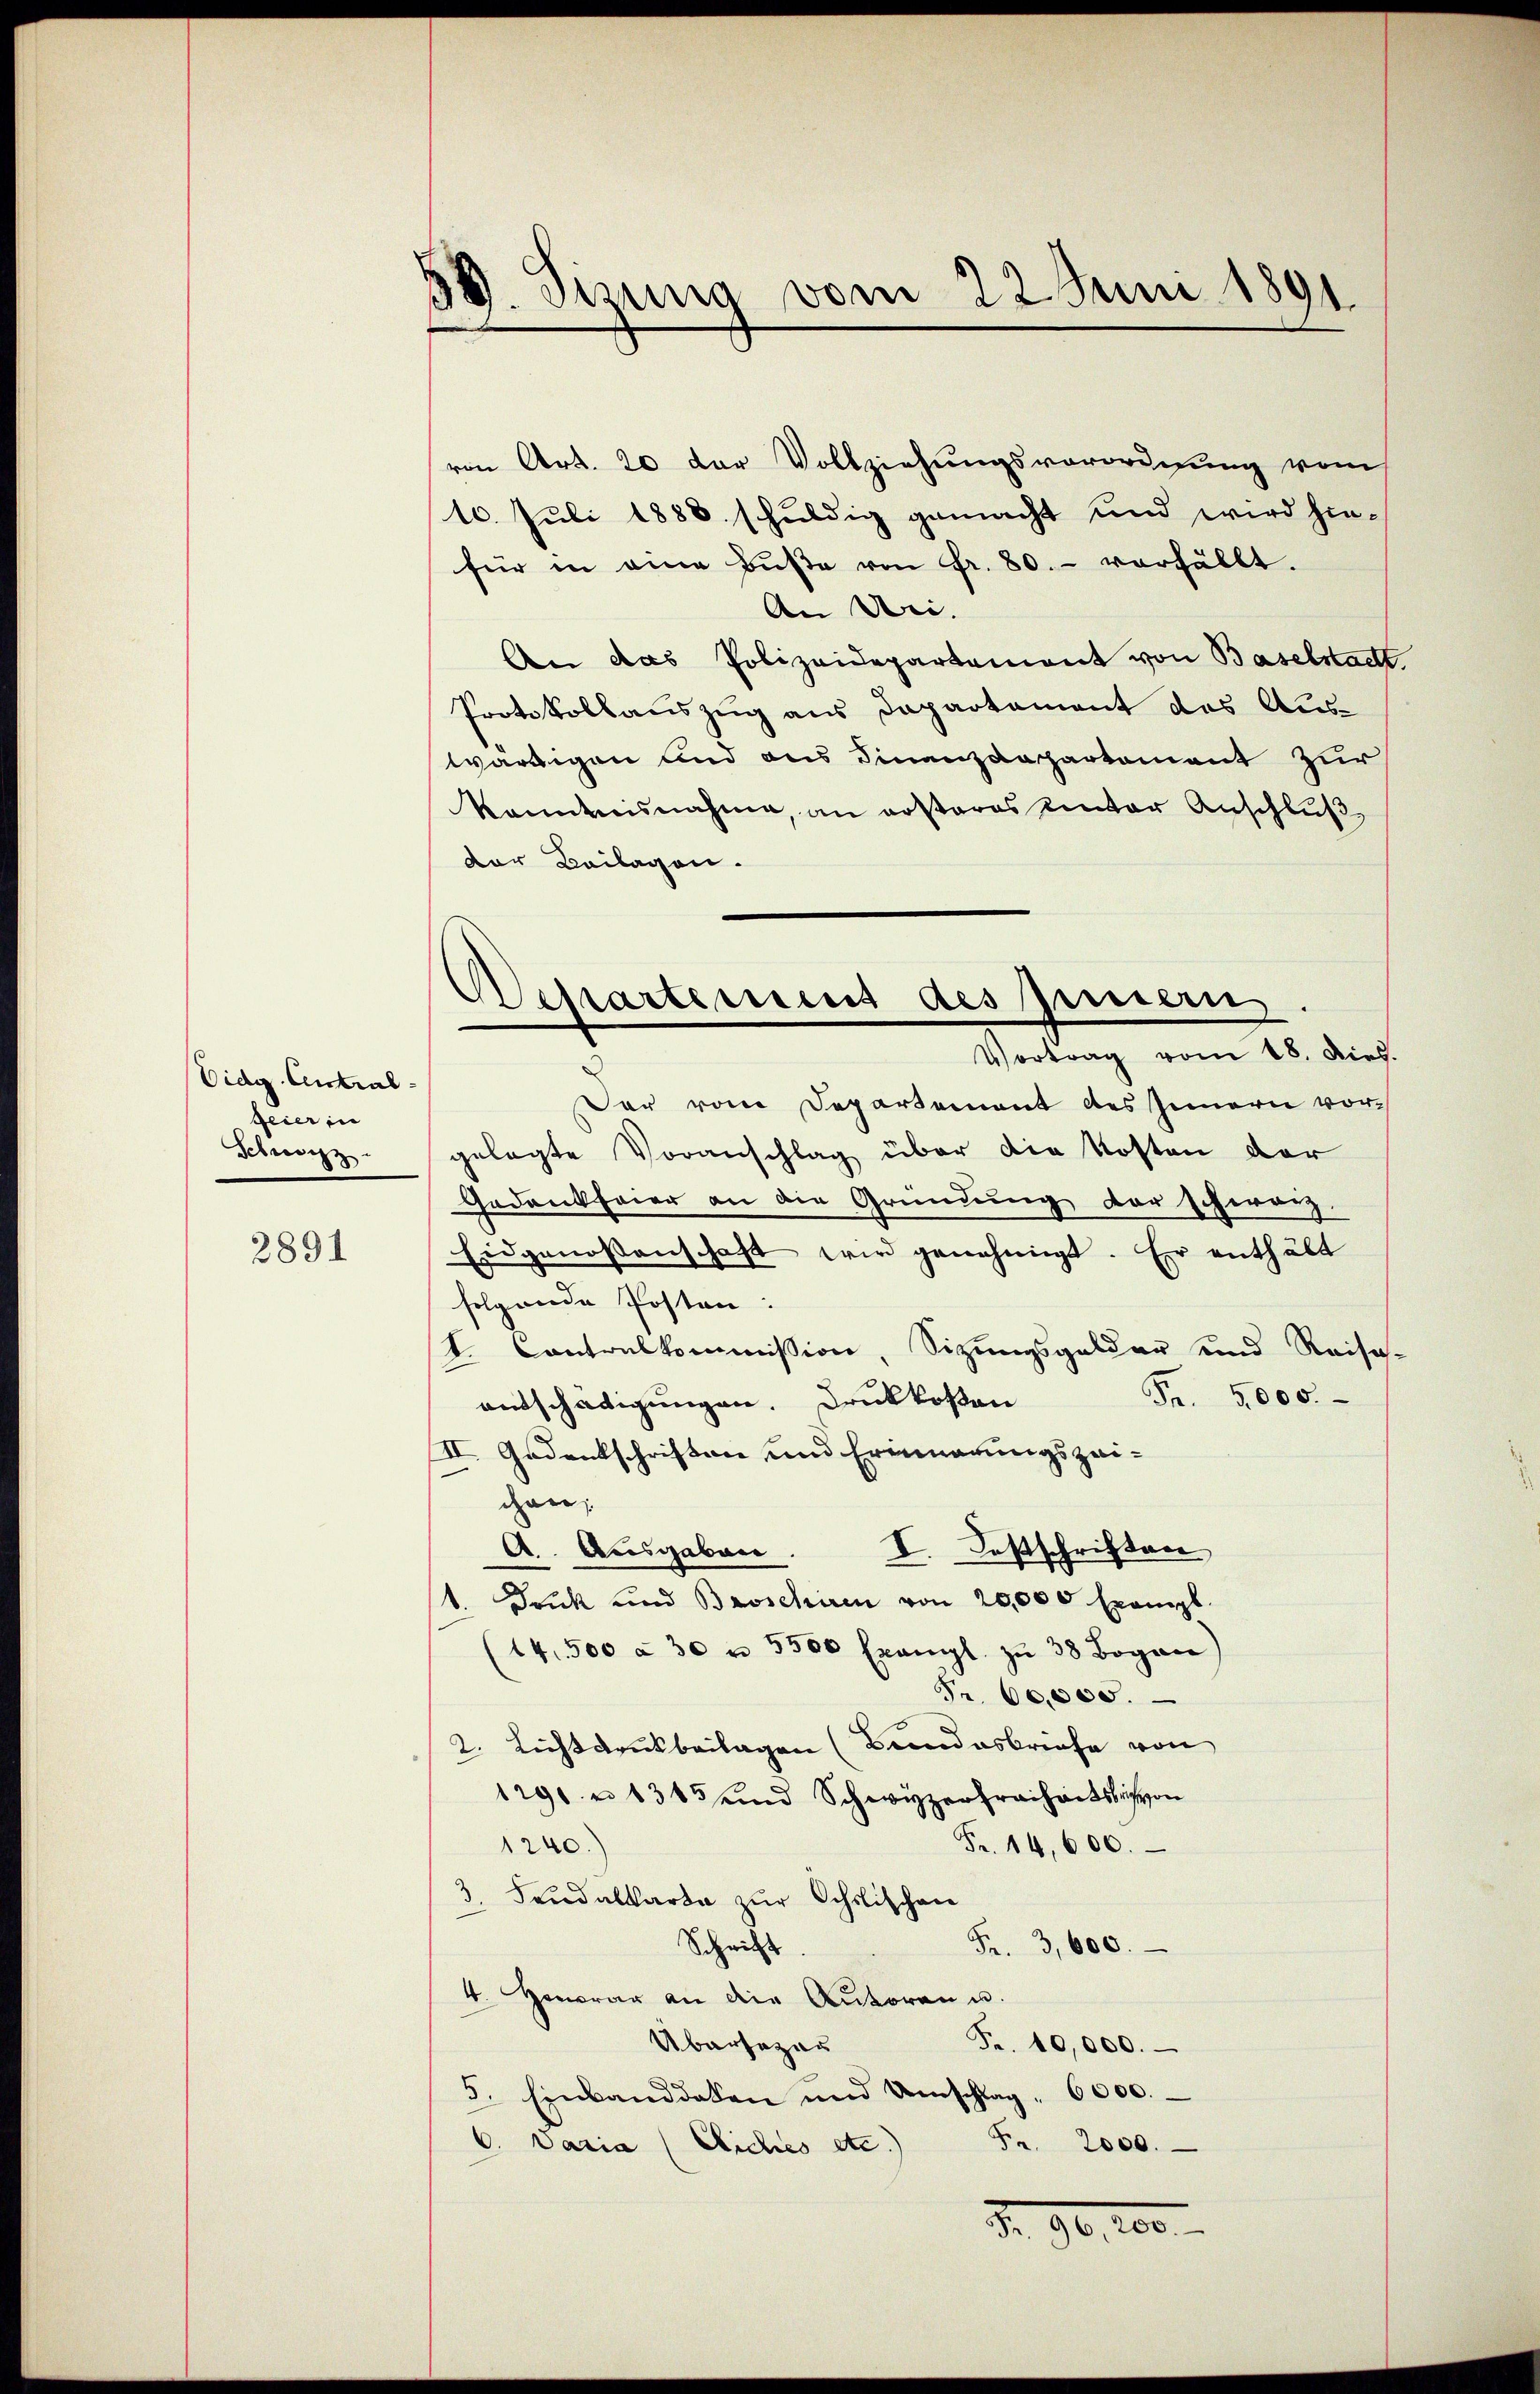
Oidg. Antralgeier in
Schweiz.

2891

59. Sina vom 22 Juni 1891

von Art. 20 der Vollziehungsverordnung vom
10. Juli 1888 schuldig gemacht und wird hin-
für in eine Bŭβe von Fr. 80. vorfällt.
An Dei- |
An das Polizeidepartement von Baselstadt.
Protokollauszug aus Departement das Auswärdigen und aus Finanzdepartement zur
kanntesnahme, an erstares unter Anschluß,
Der Beilagen.
Der vom Departement des Innern vorgelegte Voranschlag über die Kosten der
Gedankfeier an die Gründung der schwarz
Eidgenossenschaft wird genehmigt. Er enthält
folgende Posten:
t. Contralkommission, Sitzungsgelder und Reise-
Fr. 5000.
entschädigungen. Druckkosten
II. Gedankschriften und Erinnerungszei-
gan
I. Festschriften
A. Ausgaben.
1. Druck und Broschiren von 20,000 Exempl.
(14. 500 à 30 u. 3300 Exangl. zŭ 38 Bogen,
Fr. 60,000.
2. Lichtdruckbeilagen (Bundesbriefe von
1291 n 1315 und Schwyzerfreiheitsrich von
Fr. 14,600.
1240.)
3. Feudalkarte zur Ochslischen
Fr. 3,600.
Schrift
4. Honorar an die Autoren u.
Übersezer
Fr. 10,000.
5. Einbanddalen und Umschlag. 6000.
C. Varia (Eliches etc.) Fr. 2000.
de

Dessartement des jeman
Vortrag vom 18. dies.